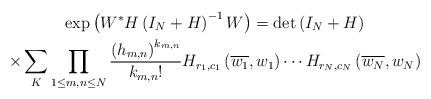
LaTeX: \begin{align*}\begin{gathered}\exp\left(W^*H\left(I_N+H\right)^{-1}W\right)=\det\left(I_N+H\right) \\\times\sum_{K}\prod_{1\le m,n\le N}\frac{\left(h_{m,n}\right)^{k_{m,n}}}{k_{m,n}!}H_{r_1,c_1}\left(\overline{w_1},w_1\right)\cdots H_{r_N,c_N}\left(\overline{w_N},w_N\right)\end{gathered}\end{align*}